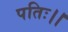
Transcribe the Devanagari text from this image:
पतिः।।